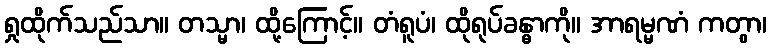
ရှုထိုက်သည်သာ။ တသ္မာ၊ ထို့ကြောင့်။ တံရူပံ၊ ထိုရုပ်ခန္ဓာကို။ အာရမ္မဏံ ကတွာ၊